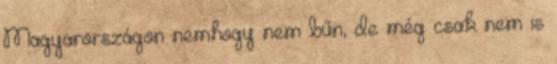
Magyarországon nemhogy nem bűn, de még csak nem is